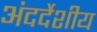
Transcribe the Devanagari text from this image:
अंदर्देशीय